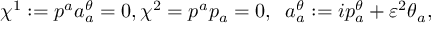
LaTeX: \chi ^ { 1 } : = p ^ { a } a _ { a } ^ { \theta } = 0 , \chi ^ { 2 } = p ^ { a } p _ { a } = 0 , \; \; a _ { a } ^ { \theta } : = i p _ { a } ^ { \theta } + \varepsilon ^ { 2 } \theta _ { a } ,